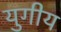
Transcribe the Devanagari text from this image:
युगीय